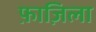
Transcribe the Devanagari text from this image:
फ़ाज़िला